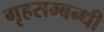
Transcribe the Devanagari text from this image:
गृहसम्बन्धी